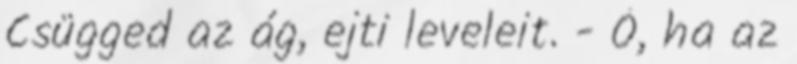
Csügged az ág, ejti leveleit. - Ó, ha az